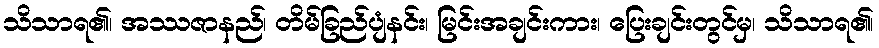
သိသာရ၏၊ အဿဇာနည်၊ တိမ်ခြည်ပျံနင်း၊ မြင်းအချင်းကား၊ ပြေးချင်းတွင်မှ၊ သိသာရ၏၊